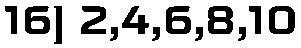
16) 2,4,6,8,10